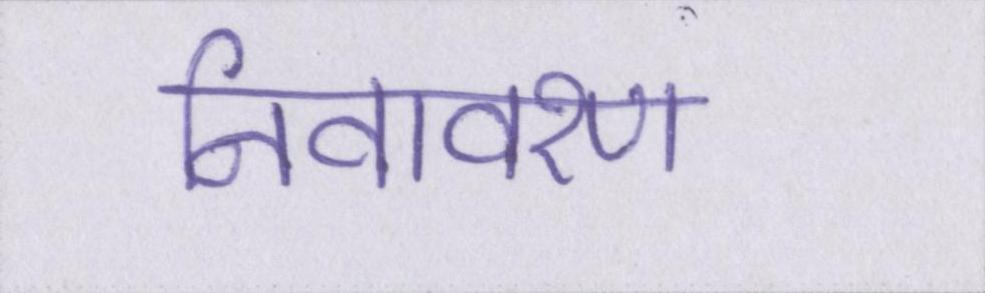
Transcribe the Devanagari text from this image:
निवावरण